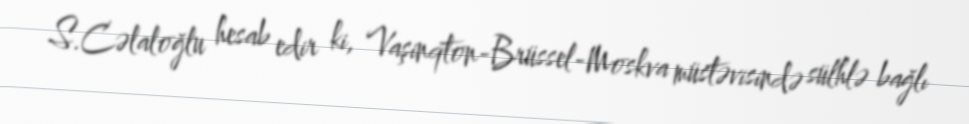
S.Cəlaloğlu hesab edir ki, Vaşinqton-Brüssel-Moskva müstəvisində sülhlə bağlı